NAE_ERA_R-2324_Eesti_Vabariigi_Pohiseaduslik_Assamblee, lk 41
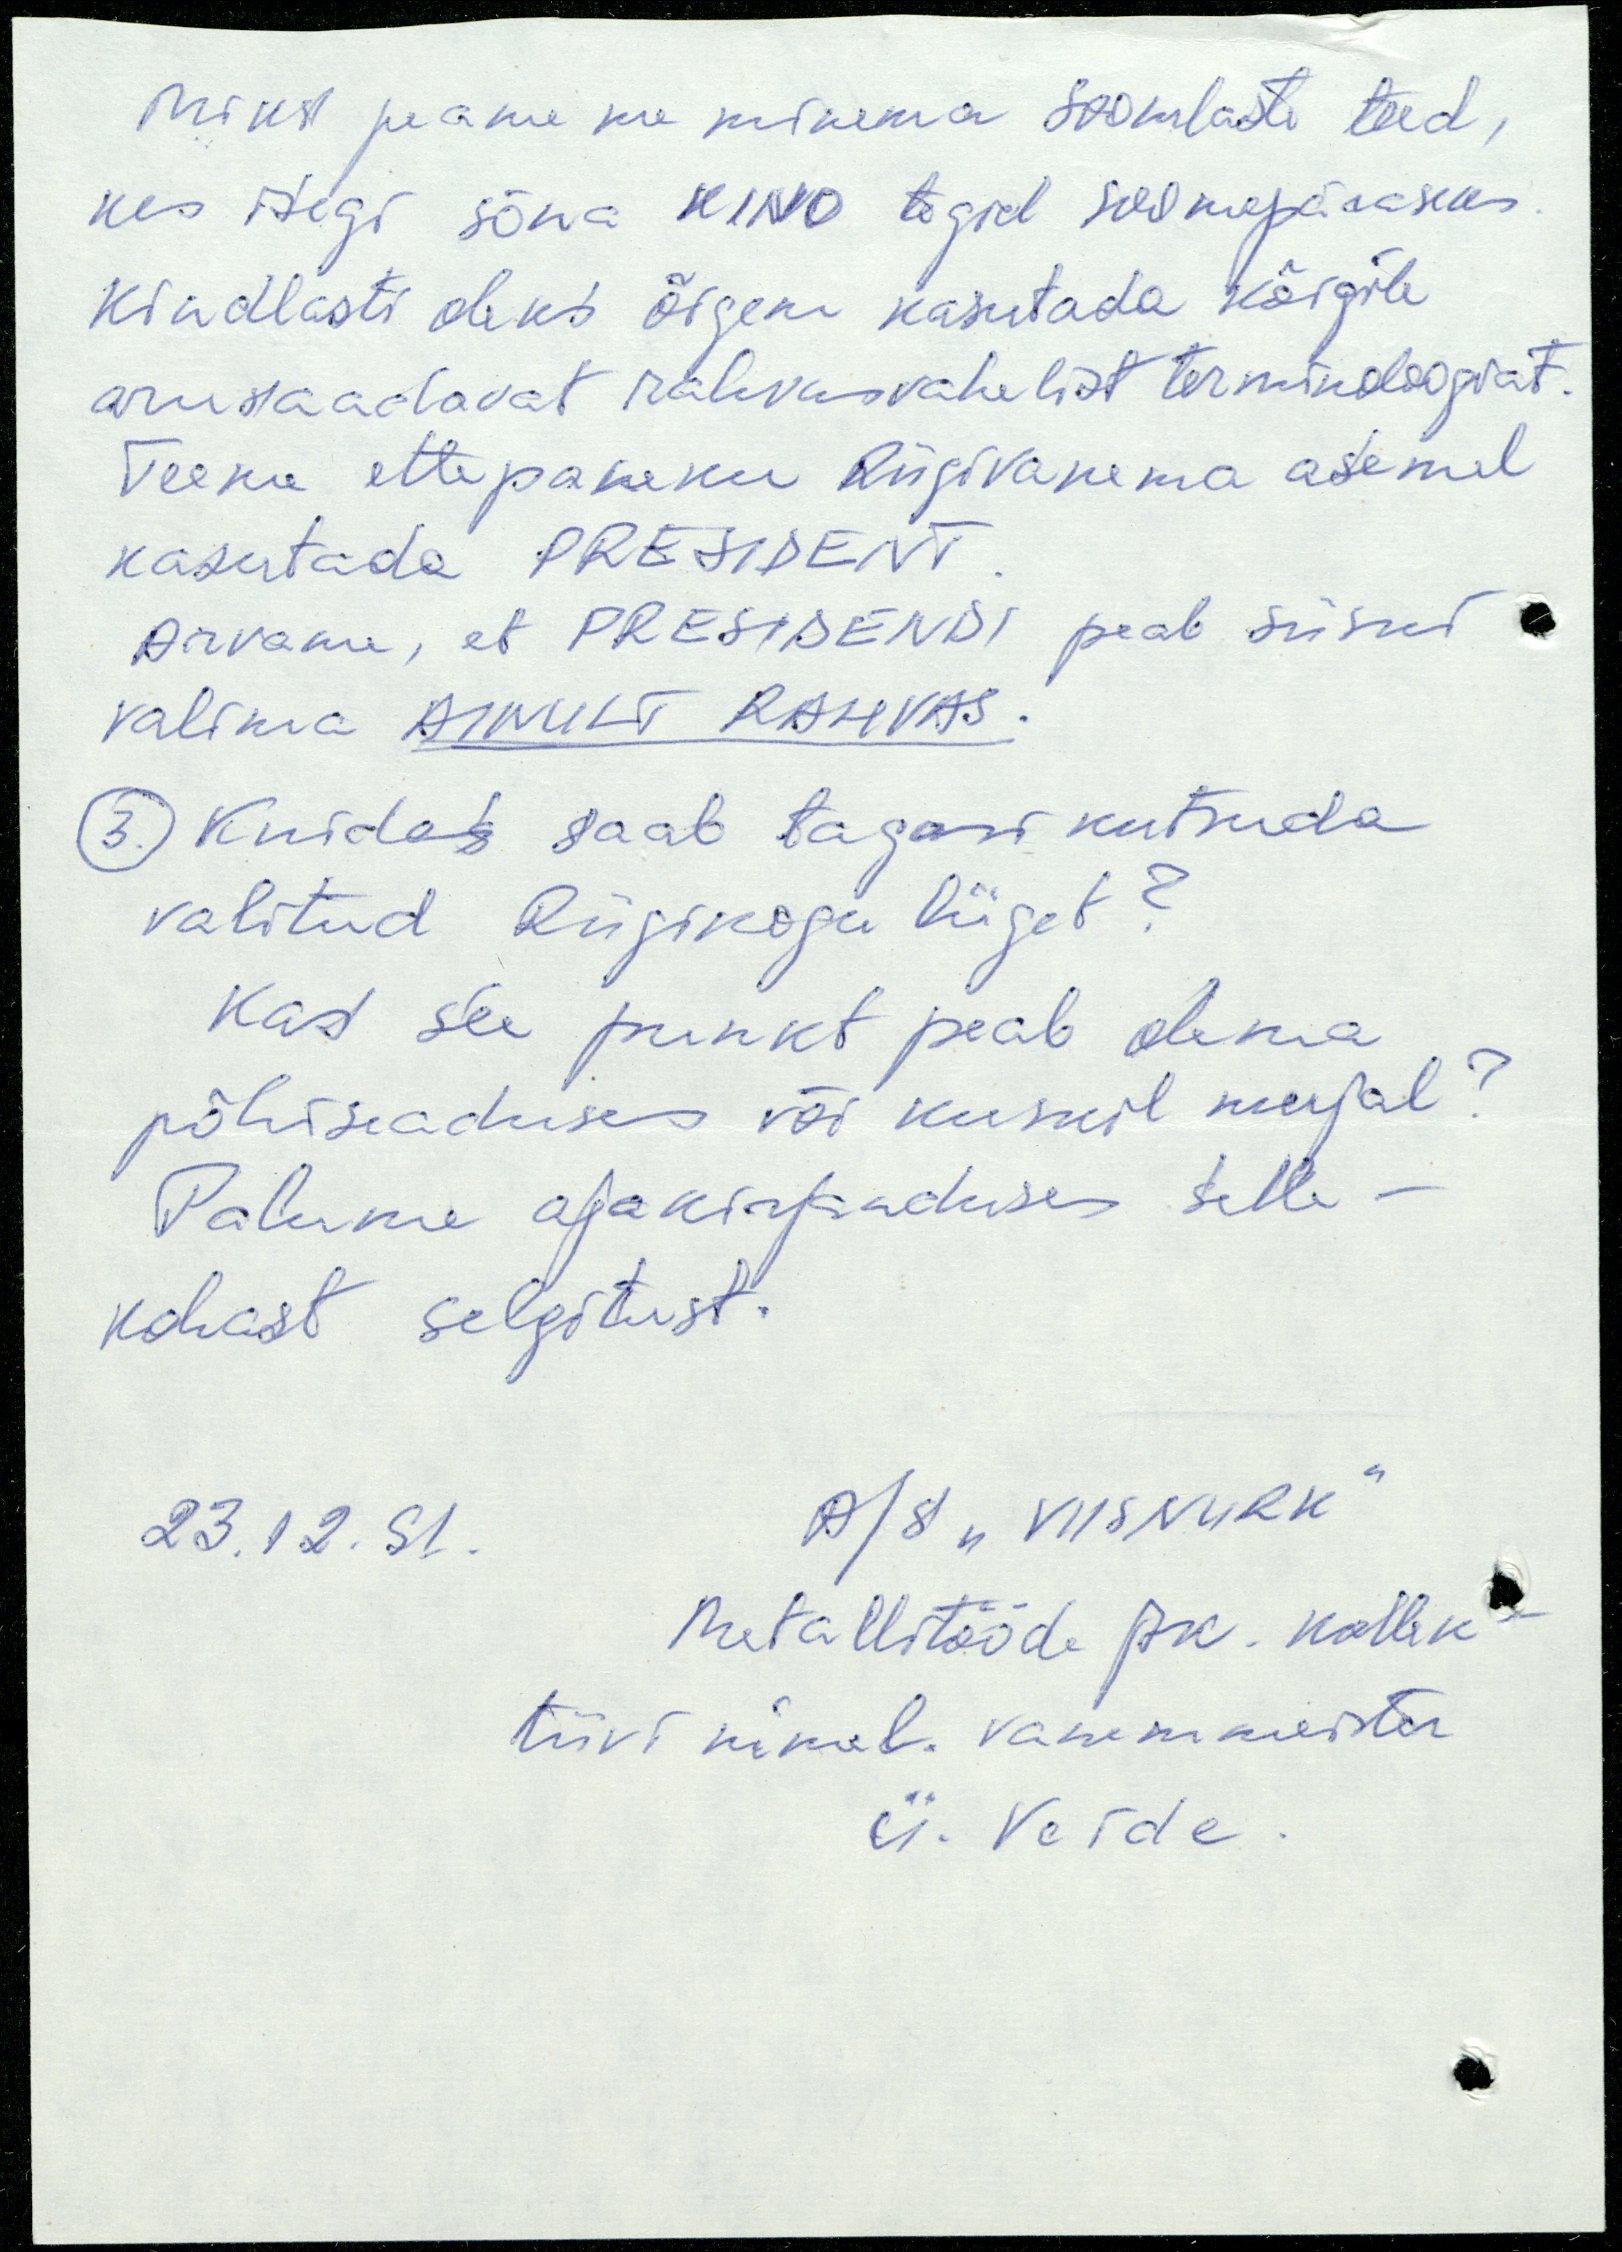
Miks peame me minema soomlaste teed,
kes isegi sõna KINO tegid soomepäraseks.
Kindlasti oleks õigem kasutada kõigile
arusaadavat rahvusvahelist terminoloogiat.
Teeme ettepaneku Riigivanema asemel
kasutada PRESIDENT.
Arvame, et PRESIDENDI peab siiski
valima AINULT RAHVAS.
3. Kuidas saab tagasi kutsuda
valitud Riigikogu liiget?
Kas see punkt peab olema
põhiseaduses või kuskil mujal?
Palume ajakirjanduses selle-
kohast selgitust.
23.12.91.
A/S "VIISNURK"
Metallitööde jsk. kollek-
tiivi nimel vanemmeister
Ü. Veide.